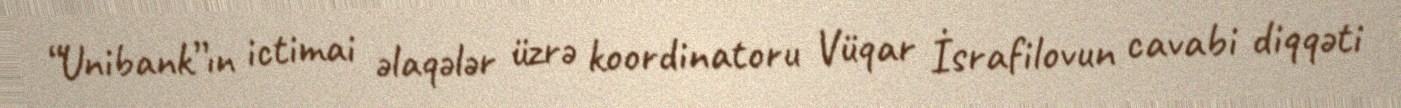
“Unibank”ın ictimai əlaqələr üzrə koordinatoru Vüqar İsrafilovun cavabi diqqəti